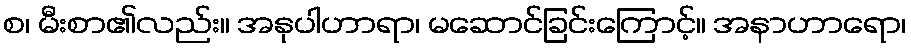
စ၊ မီးစာ၏လည်း။ အနုပါဟာရာ၊ မဆောင်ခြင်းကြောင့်။ အနာဟာရော၊